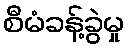
စီမံခန့်ခွဲမှု